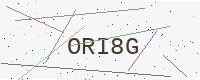
Text: ORI8G